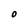
Character: O